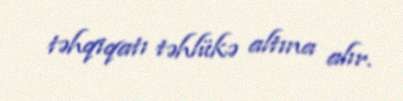
təhqiqatı təhlükə altına alır.